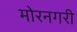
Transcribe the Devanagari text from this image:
मोरनगरी